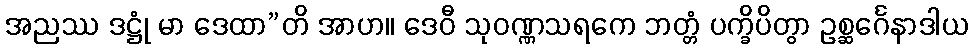
အညဿ ဒဋ္ဌုံ မာ ဒေထာ”တိ အာဟ။ ဒေဝီ သုဝဏ္ဏသရကေ ဘတ္တံ ပက္ခိပိတွာ ဥစ္ဆင်္ဂေနာဒါယ